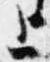
上